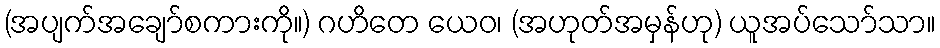
(အပျက်အချော်စကားကို။) ဂဟိတေ ယေဝ၊ (အဟုတ်အမှန်ဟု) ယူအပ်သော်သာ။